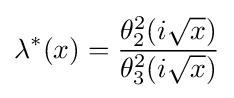
\lambda ^{*}(x)={\frac {\theta _{2}^{2}(i{\sqrt {x}})}{\theta _{3}^{2}(i{\sqrt {x}})}}